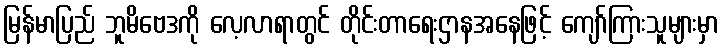
မြန်မာပြည် ဘူမိဗေဒကို လေ့လာရာတွင် တိုင်းတာရေးဌာနအနေဖြင့် ကျော်ကြားသူများမှာ